Source: Handwritten
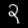
Digit: ၃ (3)